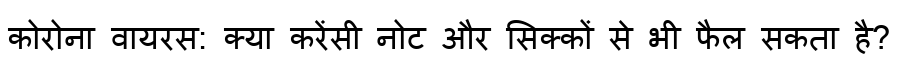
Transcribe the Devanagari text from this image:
कोरोना वायरस: क्या करेंसी नोट और सिक्कों से भी फैल सकता है?